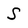
Character: S